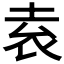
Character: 𡋡